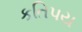
કતિપય